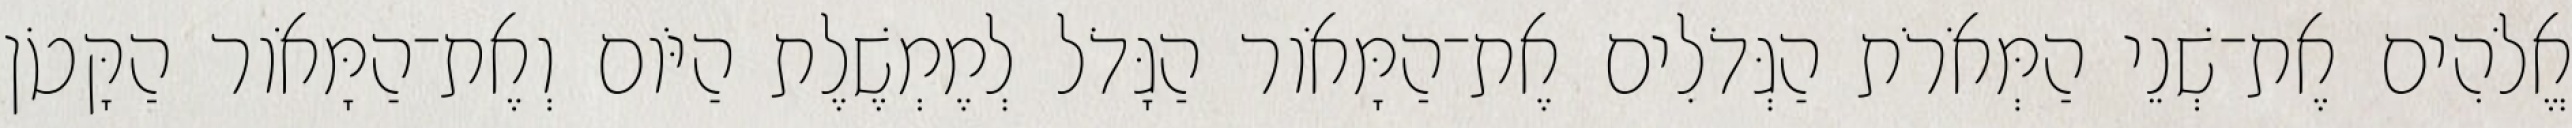
אֱלֹהִים אֶת־שְׁנֵי הַמְּאֹרֹת הַגְּדֹלִים אֶת־הַמָּאֹור הַגָּדֹל לְמֶמְשֶׁלֶת הַיֹּום וְאֶת־הַמָּאֹור הַקָּטֹן